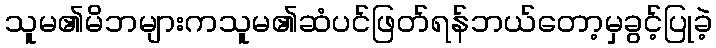
သူမ၏မိဘများကသူမ၏ဆံပင်ဖြတ်ရန်ဘယ်တော့မှခွင့်ပြုခဲ့